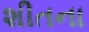
શીતના